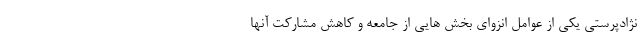
نژادپرستی یکی از عوامل انزوای بخش هایی از جامعه و کاهش مشارکت آنها